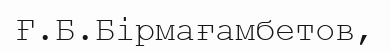
Ғ.Б.Бірмағамбетов,